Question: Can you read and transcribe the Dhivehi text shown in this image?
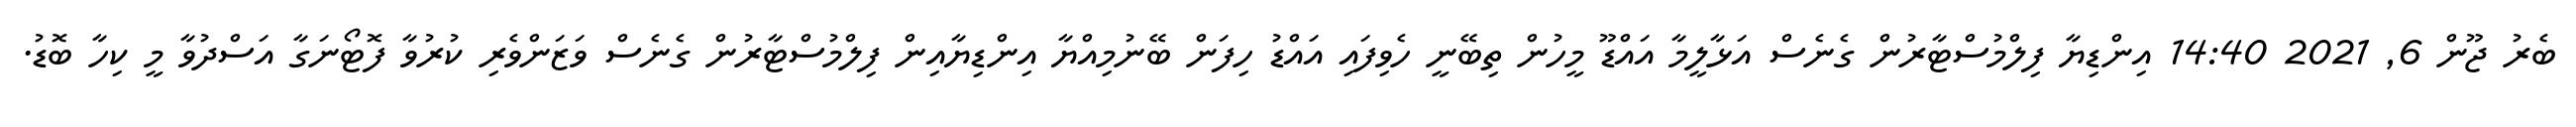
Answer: ބެރު ޖޫން 6, 2021 14:40 އިންޑިޔާ ފިލްމުސްޓާރުން ގެނެސް އަޅާލީމާ އައްޑޫ މީހުން ތިބޭނީ ހެވިފައި އައްޑު ހިފަން ބޭނުމިއްޔާ އިންޑިޔާއިން ފިލްމުސްޓާރުން ގެނެސް ވަޒަންވެރި ކުރުވާ ފޮޓޯނަގާ އަސްދުވާ މީ ކިހާ ބޮޑު.